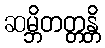
ဆမ္ဘိတတ္တန္တိ